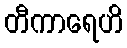
တီကာရေဟိ